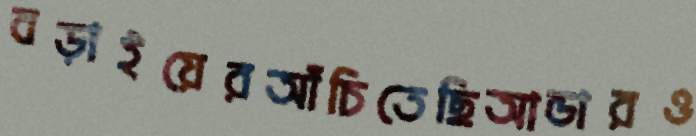
বড়াইয়েরআঁচিতেছিআন্ডারও